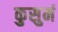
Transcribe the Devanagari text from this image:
कुसुमं